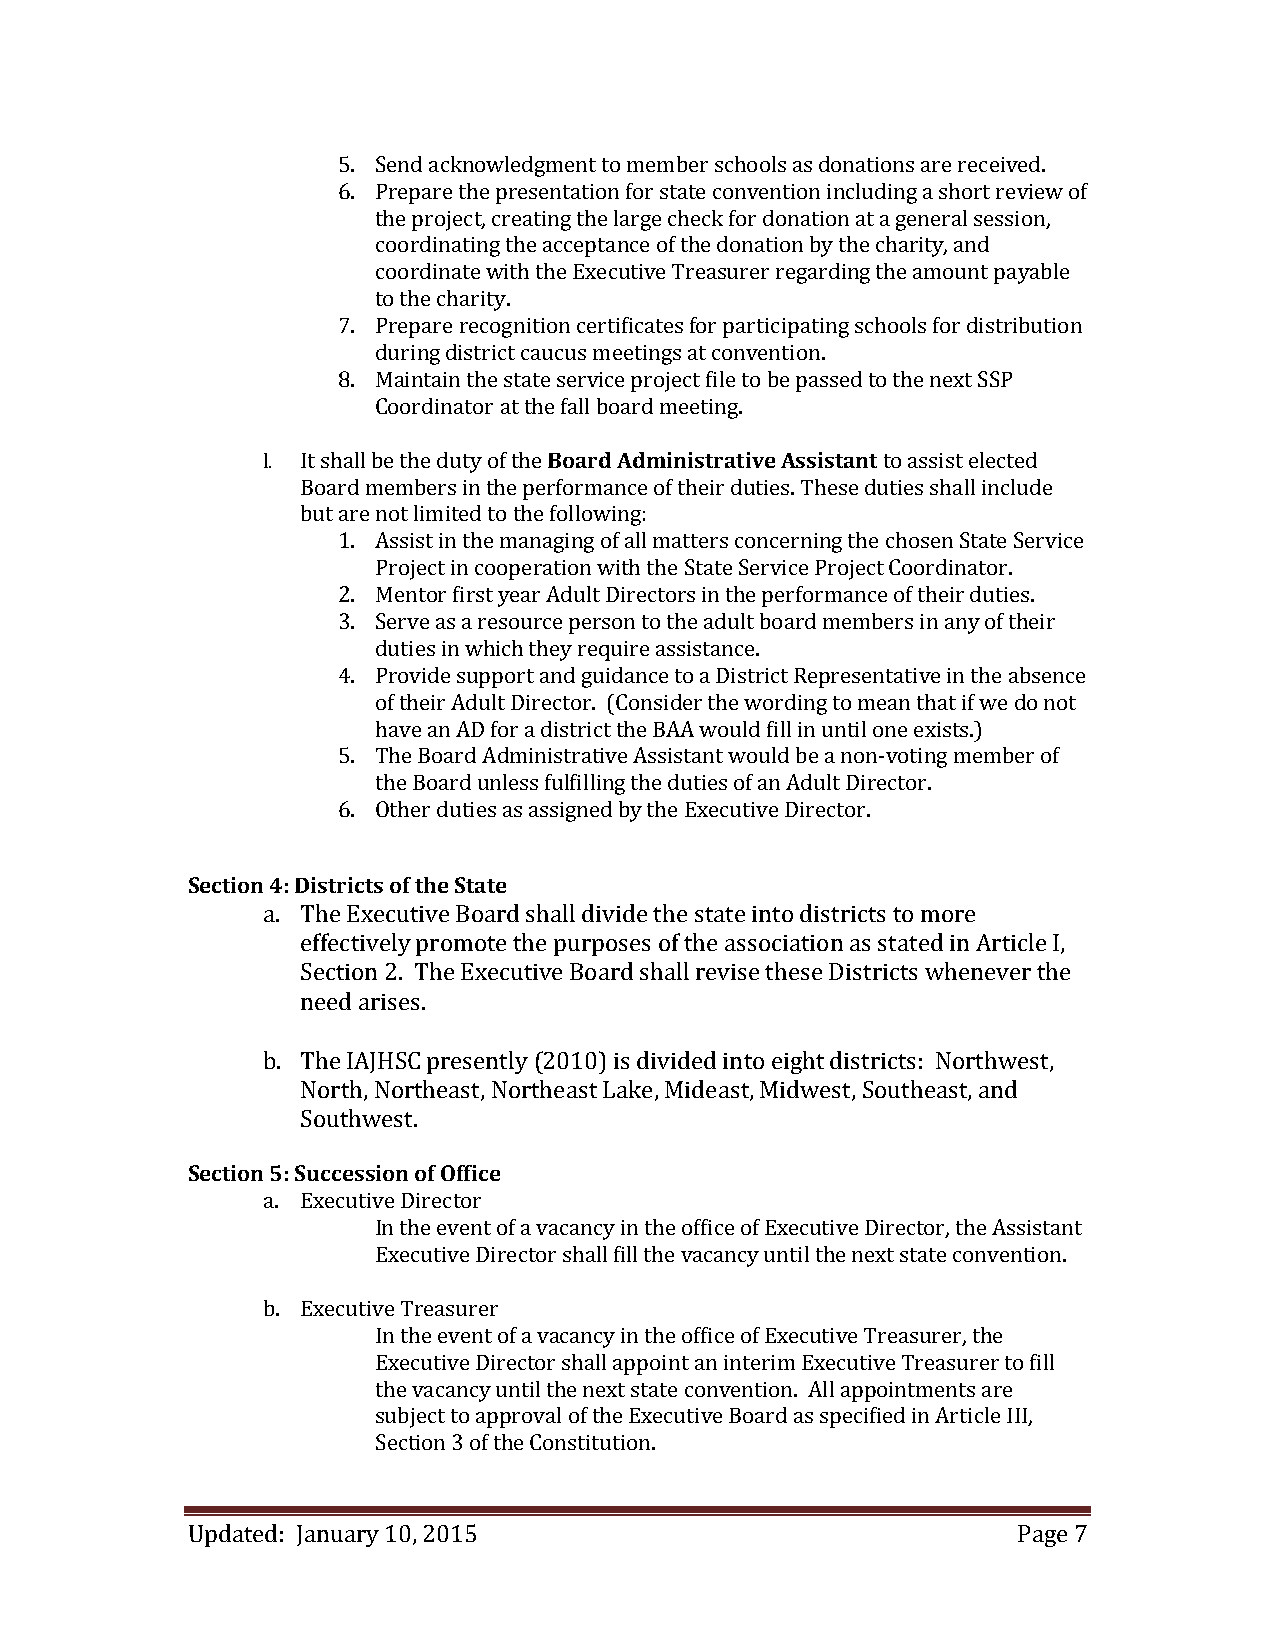
5. Send acknowledgment to member schools as donations are received.
 6. Prepare the presentation for state convention including a short review of
 the project, creating the large check for donation at a general session,
 coordinating the acceptance of the donation by the charity, and
 coordinate with the Executive Treasurer regarding the amount payable
 to the charity.
 7. Prepare recognition certificates for participating schools for distribution
 during district caucus meetings at convention.
 8. Maintain the state service project file to be passed to the next SSP
 Coordinator at the fall board meeting.
 l. It shall be the duty of the Board Administrative Assistant to assist elected
 Board members in the performance of their duties. These duties shall include
 but are not limited to the following:
 1. Assist in the managing of all matters concerning the chosen State Service
 Project in cooperation with the State Service Project Coordinator.
 2. Mentor first year Adult Directors in the performance of their duties.
 3. Serve as a resource person to the adult board members in any of their
 duties in which they require assistance.
 4. Provide support and guidance to a District Representative in the absence
 of their Adult Director. (Consider the wording to mean that if we do not
 have an AD for a district the BAA would fill in until one exists.)
 5. The Board Administrative Assistant would be a non-voting member of
 the Board unless fulfilling the duties of an Adult Director.
 6. Other duties as assigned by the Executive Director.
 Section 4: Districts of the State
 a. The Executive Board shall divide the state into districts to more
 effectively promote the purposes of the association as stated in Article I,
 Section 2. The Executive Board shall revise these Districts whenever the
 need arises.
 b. The IAJHSC presently (2010) is divided into eight districts: Northwest,
 North, Northeast, Northeast Lake, Mideast, Midwest, Southeast, and
 Southwest.
 Section 5: Succession of Office
 a. Executive Director
 In the event of a vacancy in the office of Executive Director, the Assistant
 Executive Director shall fill the vacancy until the next state convention.
 b. Executive Treasurer
 In the event of a vacancy in the office of Executive Treasurer, the
 Executive Director shall appoint an interim Executive Treasurer to fill
 the vacancy until the next state convention. All appointments are
 subject to approval of the Executive Board as specified in Article III,
 Section 3 of the Constitution.
 Updated: January 10, 2015                              Page 7